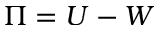
\Pi = U - W